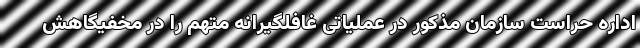
اداره حراست سازمان مذکور در عملیاتی غافلگیرانه متهم را در مخفیگاهش